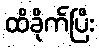
ထိခိုက်ပြီး